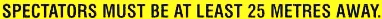
SPECTATORS MUST BE AT LEAST 25 METRES AWAY.